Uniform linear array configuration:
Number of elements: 16
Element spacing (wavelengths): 1
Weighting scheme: hann
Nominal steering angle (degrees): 45
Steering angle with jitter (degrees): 46.666
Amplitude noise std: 0.05
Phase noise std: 0.05

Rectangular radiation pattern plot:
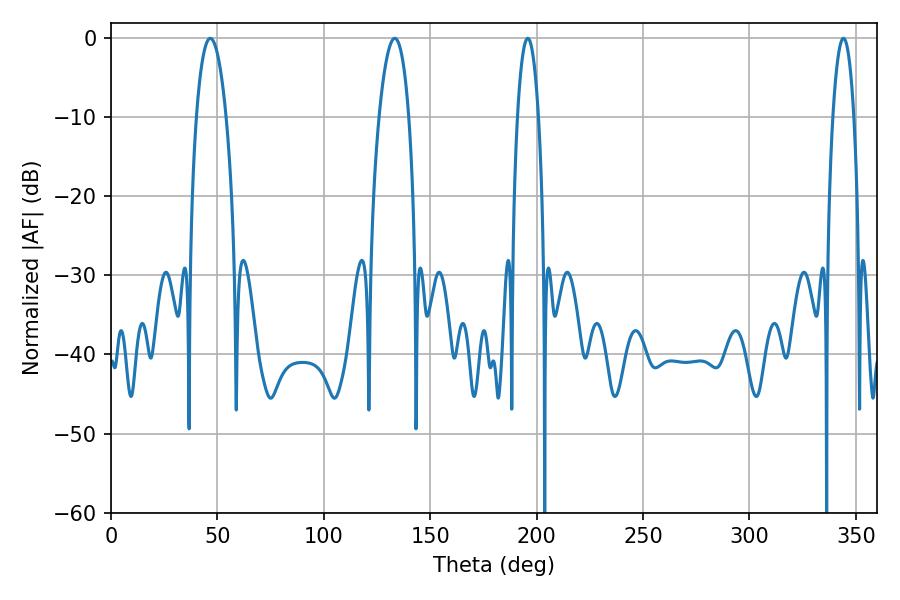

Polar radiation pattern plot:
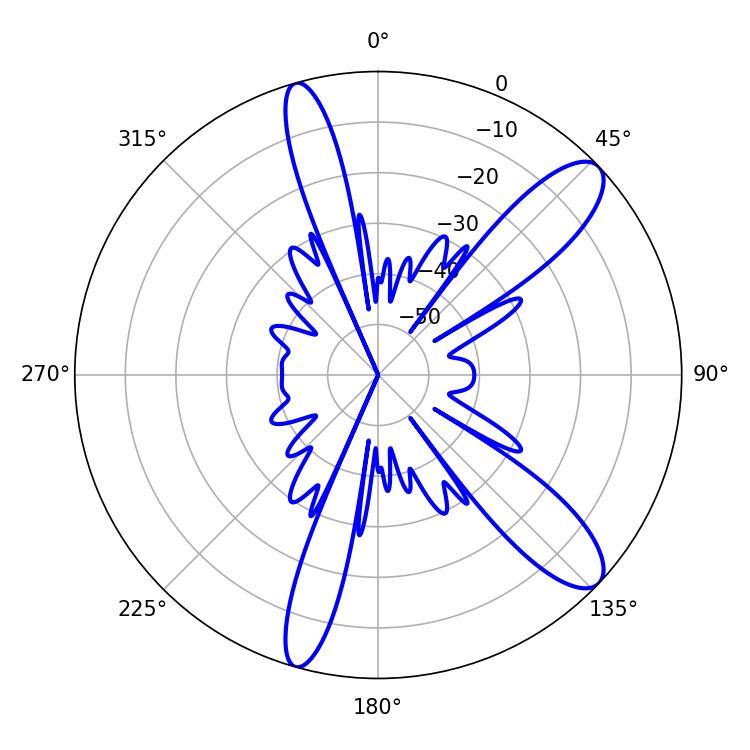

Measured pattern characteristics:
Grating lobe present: TRUE
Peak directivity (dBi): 11.092
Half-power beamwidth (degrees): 5.4
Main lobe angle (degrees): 195.84